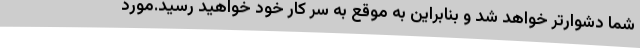
شما دشوارتر خواهد شد و بنابراین به موقع به سر کار خود خواهید رسید.مورد